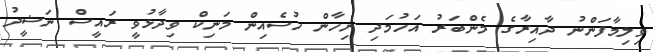
ވިލިމާފަންނު ދާއިރާގެ މެންބަރު އަހުމަދި ނިހާން ހުސެއިން މަނިކް ވިދާޅުވީ ރައީސް ނަޝީދު